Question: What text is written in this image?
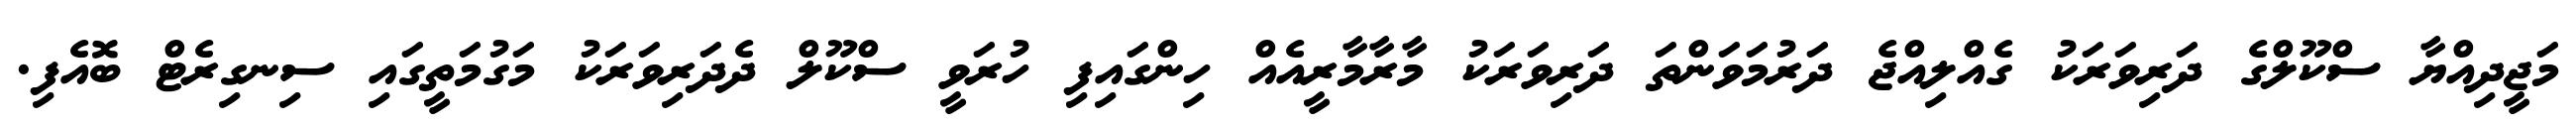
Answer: މަޖީދިއްޔާ ސްކޫލްގެ ދަރިވަރަކު ގެއްލިއްޖެ ދަރުމަވަންތަ ދަރިވަރަކު މާރާމާރީއެއް ހިންގައިފި ހުރަވީ ސްކޫލް ދެދަރިވަރަކު މަގުމަތީގައި ސިނގިރެޓް ބޮއެފި.